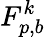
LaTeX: F_{p,b}^{k}